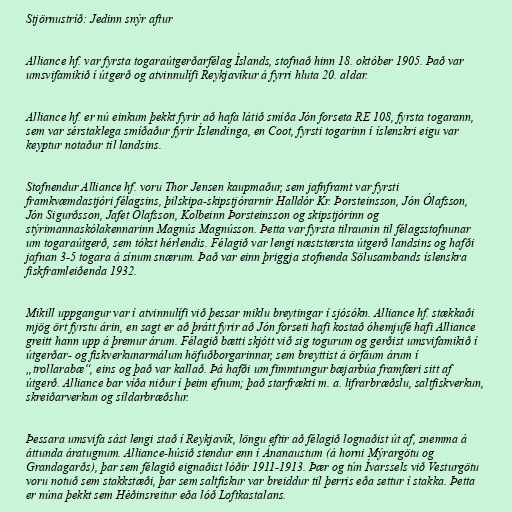
Stjörnustríð: Jedinn snýr aftur

Alliance hf. var fyrsta togaraútgerðarfélag Íslands, stofnað hinn 18. október 1905. Það var
umsvifamikið í útgerð og atvinnulífi Reykjavíkur á fyrri hluta 20. aldar.

Alliance hf. er nú einkum þekkt fyrir að hafa látið smíða Jón forseta RE 108, fyrsta togarann,
sem var sérstaklega smíðaður fyrir Íslendinga, en Coot, fyrsti togarinn í íslenskri eigu var
keyptur notaður til landsins.

Stofnendur Alliance hf. voru Thor Jensen kaupmaður, sem jafnframt var fyrsti
framkvæmdastjóri félagsins, þilskipa-skipstjórarnir Halldór Kr. Þorsteinsson, Jón Ólafsson,
Jón Sigurðsson, Jafet Ólafsson, Kolbeinn Þorsteinsson og skipstjórinn og
stýrimannaskólakennarinn Magnús Magnússon. Þetta var fyrsta tilraunin til félagsstofnunar
um togaraútgerð, sem tókst hérlendis. Félagið var lengi næststærsta útgerð landsins og hafði
jafnan 3-5 togara á sínum snærum. Það var einn þriggja stofnenda Sölusambands íslenskra
fiskframleiðenda 1932.

Mikill uppgangur var í atvinnulífi við þessar miklu breytingar í sjósókn. Alliance hf. stækkaði
mjög ört fyrstu árin, en sagt er að þrátt fyrir að Jón forseti hafi kostað óhemjufé hafi Alliance
greitt hann upp á þremur árum. Félagið bætti skjótt við sig togurum og gerðist umsvifamikið í
útgerðar- og fiskverkunarmálum höfuðborgarinnar, sem breyttist á örfáum árum í
„trollarabæ“, eins og það var kallað. Þá hafði um fimmtungur bæjarbúa framfæri sitt af
útgerð. Alliance bar víða niður í þeim efnum; það starfrækti m. a. lifrarbræðslu, saltfiskverkun,
skreiðarverkun og síldarbræðslur.

Þessara umsvifa sást lengi stað í Reykjavík, löngu eftir að félagið lognaðist út af, snemma á
áttunda áratugnum. Alliance-húsið stendur enn í Ánanaustum (á horni Mýrargötu og
Grandagarðs), þar sem félagið eignaðist lóðir 1911-1913. Þær og tún Ívarssels við Vesturgötu
voru notuð sem stakkstæði, þar sem saltfiskur var breiddur til þerris eða settur í stakka. Þetta
er núna þekkt sem Héðinsreitur eða lóð Loftkastalans.